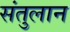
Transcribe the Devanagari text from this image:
संतुलान